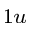
_ { 1 u }